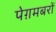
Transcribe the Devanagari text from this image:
पेग़मबरों